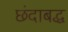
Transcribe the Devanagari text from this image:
छंदाबद्ध